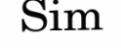
Sim